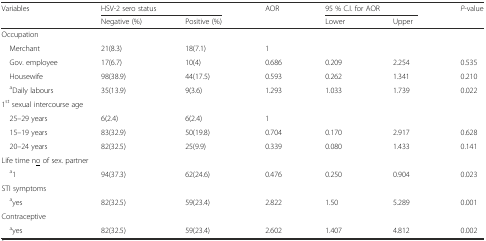
| <ROWSPAN=2> Variables | <COLSPAN=2> HSV-2 sero status | <ROWSPAN=2> AOR | <COLSPAN=2> 95 % C.I. for AOR | <ROWSPAN=2> P-value |
 | Negative (%) | Positive (%) | Lower | Upper |
 | --- | --- | --- | --- | --- | --- | --- |
 | <COLSPAN=7> Occupation |
 | Merchant | 21(8.3) | 18(7.1) | 1 |  |  |  |
 | Gov. employee | 17(6.7) | 10(4) | 0.686 | 0.209 | 2.254 | 0.535 |
 | Housewife | 98(38.9) | 44(17.5) | 0.593 | 0.262 | 1.341 | 0.210 |
 | aDaily labours | 35(13.9) | 9(3.6) | 1.293 | 1.033 | 1.739 | 0.022 |
 | <COLSPAN=7> 1st sexual intercourse age |
 | 25–29 years | 6(2.4) | 6(2.4) | 1 |  |  |  |
 | 15–19 years | 83(32.9) | 50(19.8) | 0.704 | 0.170 | 2.917 | 0.628 |
 | 20–24 years | 82(32.5) | 25(9.9) | 0.339 | 0.080 | 1.433 | 0.141 |
 | <COLSPAN=7> Life time n<underline>o</underline> of sex. partner |
 | a1 | 94(37.3) | 62(24.6) | 0.476 | 0.250 | 0.904 | 0.023 |
 | <COLSPAN=7> STI symptoms |
 | ayes | 82(32.5) | 59(23.4) | 2.822 | 1.50 | 5.289 | 0.001 |
 | Contraceptive |  |  |  |  |  |  |
 | ayes | 82(32.5) | 59(23.4) | 2.602 | 1.407 | 4.812 | 0.002 |